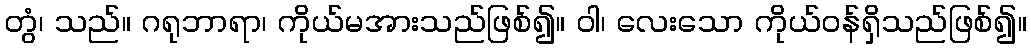
တွံ၊ သည်။ ဂရုဘာရာ၊ ကိုယ်မအားသည်ဖြစ်၍။ ဝါ၊ လေးသော ကိုယ်ဝန်ရှိသည်ဖြစ်၍။